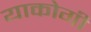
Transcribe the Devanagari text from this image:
याकोगी